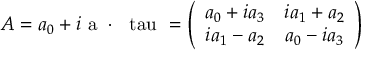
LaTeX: A = a _ { 0 } + i \mathrm { \boldmath ~ a ~ } \cdot \mathrm { \boldmath ~ \ t a u ~ } = \left( \begin{array} { c c } { { a _ { 0 } + i a _ { 3 } } } & { { i a _ { 1 } + a _ { 2 } } } \\ { { i a _ { 1 } - a _ { 2 } } } & { { a _ { 0 } - i a _ { 3 } } } \end{array} \right)